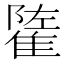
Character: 𨿭